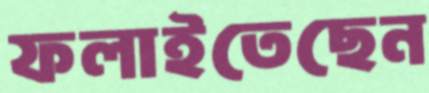
ফলাইতেছেন